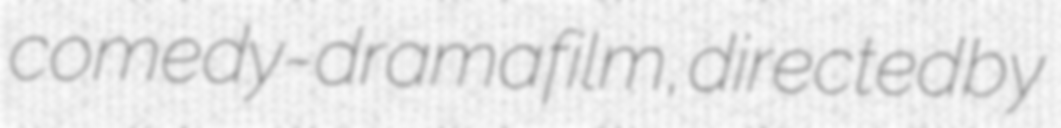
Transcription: comedy-drama film, directed by